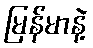
မြန်မာနဲ့